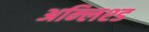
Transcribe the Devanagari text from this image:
अन्लिश्ड